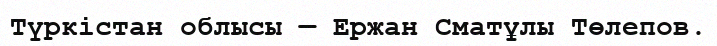
Түркістан облысы — Ержан Сматұлы Төлепов.